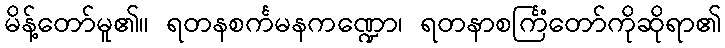
မိန့်တော်မူ၏။ ရတနစင်္ကမနကဏ္ဍော၊ ရတနာစင်္ကြံတော်ကိုဆိုရာ၏